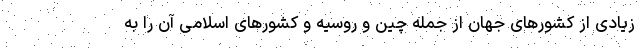
زیادی از کشورهای جهان از جمله چین و روسیه و کشورهای اسلامی آن را به